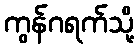
ကွန်ဂရက်သို့